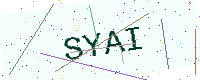
Text: SYAI